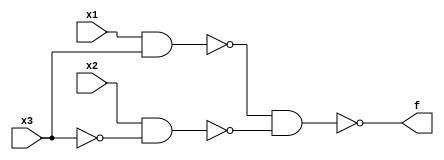
module top_module( 
    input x3,
    input x2,
    input x1,  // three inputs
    output f   // one output
);
    //sum of product
    //assign f = (x1 & x3) | (x2 & (~x3));
    
    //product of sum
    //assign f = (x2 | x3) & (x1 | (~x3));
    
    //only use nand
    wire w1, w2;
    nand n1(w1, x1, x3);
    nand n2(w2, x2, ~x3);
    nand n3(f, w1, w2);
    
endmodule